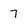
Character: 7